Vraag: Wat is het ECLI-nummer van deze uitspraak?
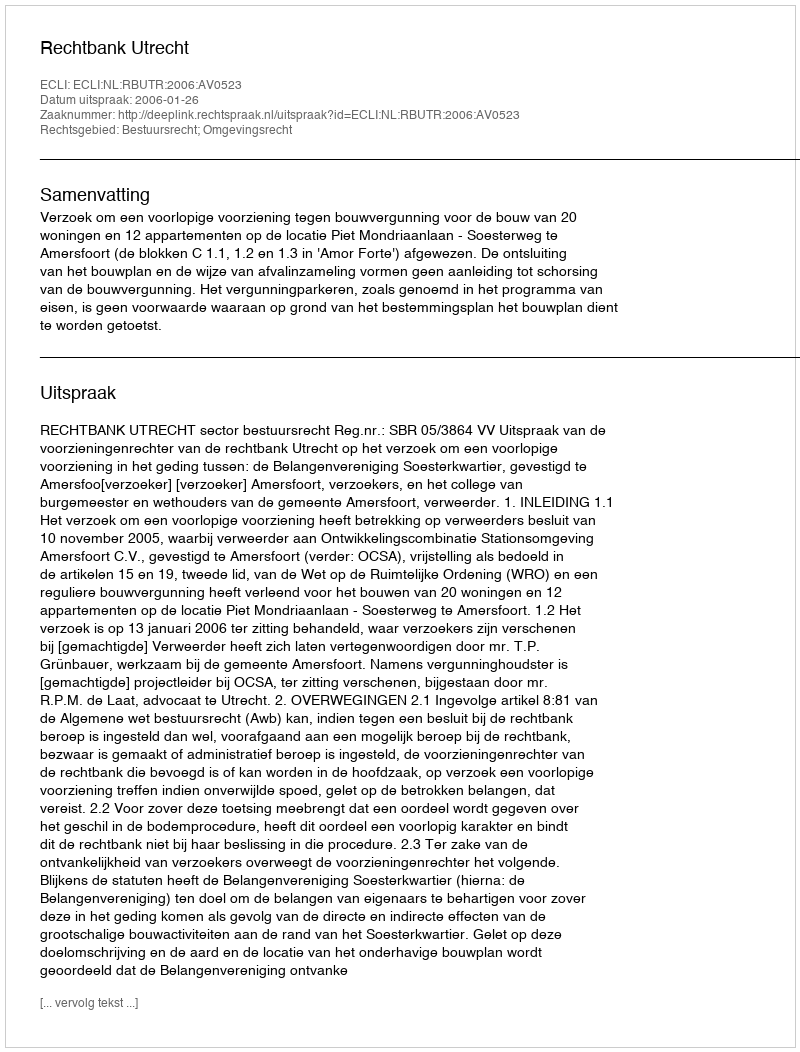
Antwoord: ECLI:NL:RBUTR:2006:AV0523